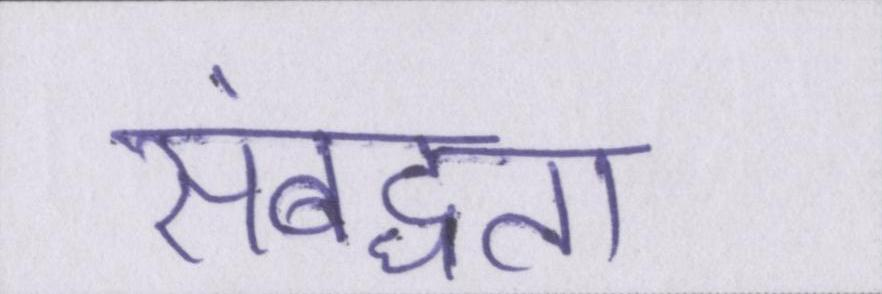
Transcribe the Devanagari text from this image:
संबद्धता